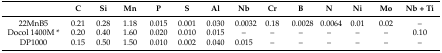
<table><thead><tr><td></td><td><b>C</b></td><td><b>Si</b></td><td><b>Mn</b></td><td><b>P</b></td><td><b>S</b></td><td><b>Al</b></td><td><b>Nb</b></td><td><b>Cr</b></td><td><b>B</b></td><td><b>N</b></td><td><b>Ni</b></td><td><b>Mo</b></td><td><b>Nb + Ti</b></td></tr></thead><tbody><tr><td>22MnB5</td><td>0.21</td><td>0.28</td><td>1.18</td><td>0.015</td><td>0.001</td><td>0.030</td><td>0.0032</td><td>0.18</td><td>0.0028</td><td>0.0064</td><td>0.01</td><td>0.02</td><td>–</td></tr><tr><td>Docol 1400M *</td><td>0.20</td><td>0.40</td><td>1.60</td><td>0.020</td><td>0.010</td><td>0.015</td><td>–</td><td>–</td><td>–</td><td>–</td><td>–</td><td>–</td><td>0.10</td></tr><tr><td>DP1000</td><td>0.15</td><td>0.50</td><td>1.50</td><td>0.010</td><td>0.002</td><td>0.040</td><td>0.015</td><td>–</td><td>–</td><td>–</td><td>–</td><td>–</td><td>–</td></tr></tbody></table>